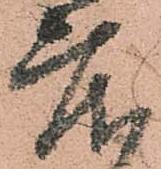
度